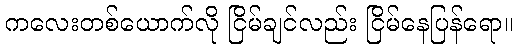
ကလေးတစ်ယောက်လို ငြိမ်ချင်လည်း ငြိမ်နေပြန်ရော။